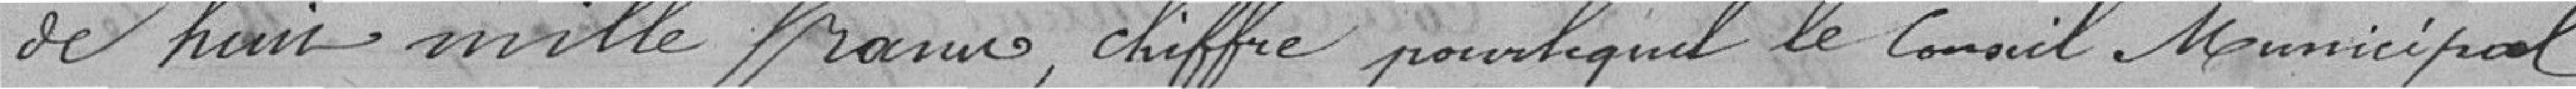
de juit mille francs, chiffre pour lequel le Conseil Municipal